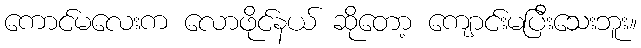
ကောင်မလေးက လောဖိုင်နယ် ဆိုတော့ ကျောင်းမပြီးသေးဘူး။